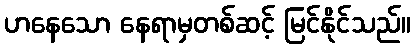
ဟနေသော နေရာမှတစ်ဆင့် မြင်နိုင်သည်။